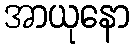
အာယုနော